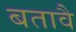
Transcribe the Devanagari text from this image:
बतावै